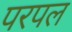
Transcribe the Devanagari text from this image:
परपल